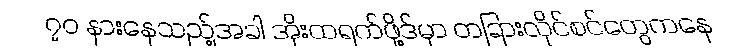
၇၀ နားနေသည့်အခါ အိုးထရက်ဖို့ဒ်မှာ တခြားလိုင်စင်တွေကနေ